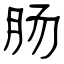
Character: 肠